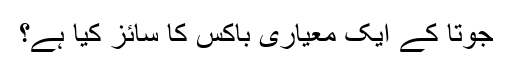
جوتا کے ایک معیاری باکس کا سائز کیا ہے؟